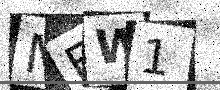
Text: MEW1